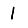
Digit: 1